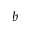
b